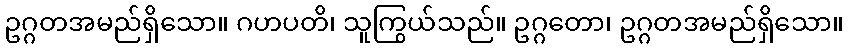
ဥဂ္ဂတအမည်ရှိသော။ ဂဟပတိ၊ သူကြွယ်သည်။ ဥဂ္ဂတော၊ ဥဂ္ဂတအမည်ရှိသော။